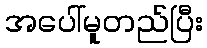
အပေါ်မူတည်ပြီး